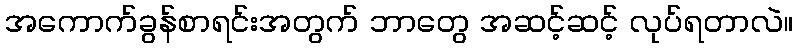
အကောက်ခွန်စာရင်းအတွက် ဘာတွေ အဆင့်ဆင့် လုပ်ရတာလဲ။